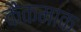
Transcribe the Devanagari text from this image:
कैकमाक